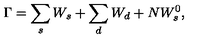
\Gamma = \sum _ { s } W _ { s } + \sum _ { d } W _ { d } + N W _ { s } ^ { 0 } ,